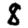
Digit: 8